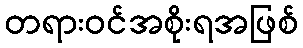
တရားဝင်အစိုးရအဖြစ်